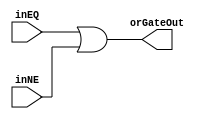
module OR_Gate
(
	input inEQ,
	input inNE,
	
	output reg orGateOut
);


always @ (*)
	orGateOut = inEQ | inNE;

//assign orGateOut = inEQ | inNE;

endmodule